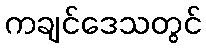
ကချင်ဒေသတွင်